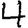
Digit: 4